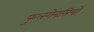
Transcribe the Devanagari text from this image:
फुलगेनसियों